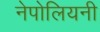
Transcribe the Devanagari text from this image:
नेपोलियनी